Civil Veterinary Dept. Bombay admin report 1907-1913 - 1907-1913
Year: 1907
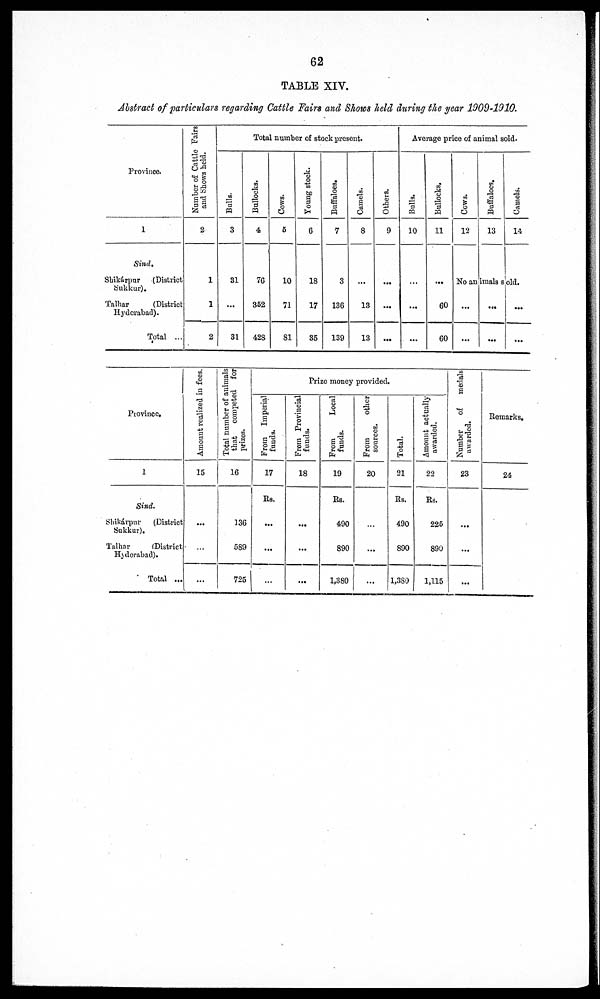
62
TABLE XIV.
Abstract of particulars regarding Cattle Fairs and Shows held during the year 1009-1910.
Province.
1
Sind.
Shikárpur
(District
Sukkur).
Talhar
(District
Hyderabad).
Total ...
Number of Cattle Fairs
and Shows held.
2
1
1
2
Total number of stock present.
Bulls.
3
31
...
31
Bullocks.
4
76
352
428
Cows.
5
10
71
81
Young stock.
6
18
17
35
Buffaloes.
7
3
136
139
Camels.
8
...
13
13
Others.
9
...
...
...
Average price of animal sold.
Bulls.
10
...
...
...
Bullocks.
11
...
60
60
COWS.
12
Buffaloes.
13
Camels.
14
No animals Sold.
...
...
...
...
...
...
Province,
1
Sind.
Shikárpur
(District
Sukkur).
Talhar
(District
Hyderabad).
Total ...
Amount realized in fees.
15
...
...
...
Total number of animals
that
competed for
prizes.
16
136
589
725
Prize money provided
From Imperial
funds.
17
Rs.
...
...
...
From Provincial
funds.
18
...
...
...
From
Local
funds.
19
Rs.
4.90
890
1,380
From
other
sources.
20
...
...
...
Total.
21
Rs.
490
890
1,380
Amount actually
awarded.
22
Rs.
225
890
1,115
Number of
medals
awarded.
23
...
...
...
Remarks.
24